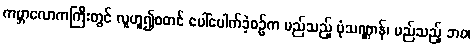
ကမ္ဘာလောကကြီးတွင် လူဟူ၍စတင် ပေါ်ပေါက်ခဲ့စဉ်က မည်သည့် ပုံသဏ္ဌာန်၊ မည်သည့် ဘဝ၊